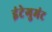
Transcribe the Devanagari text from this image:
इंटेगुमंट